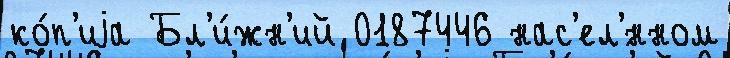
ко́п'иjа Бл'и́жн'ий 0187446 нас'ел'́нном